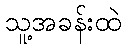
သူ့အခန်းထဲ